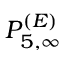
P _ { 5 , \infty } ^ { ( E ) }